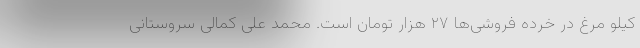
کیلو مرغ در خرده فروشی‌ها ۲۷ هزار تومان است. محمد علی کمالی سروستانی